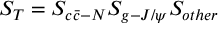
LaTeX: S _ { T } = S _ { c \bar { c } - N } S _ { g - { J / { \psi } } } S _ { o t h e r }